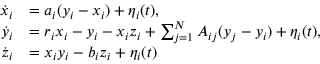
\begin{array} { r l } { \dot { x } _ { i } } & { = a _ { i } ( y _ { i } - x _ { i } ) + \eta _ { i } ( t ) , } \\ { \dot { y } _ { i } } & { = r _ { i } x _ { i } - y _ { i } - x _ { i } z _ { i } + \sum _ { j = 1 } ^ { N } A _ { i j } ( y _ { j } - y _ { i } ) + \eta _ { i } ( t ) , } \\ { \dot { z } _ { i } } & { = x _ { i } y _ { i } - b _ { i } z _ { i } + \eta _ { i } ( t ) \, } \end{array}